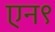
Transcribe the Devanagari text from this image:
एन९